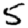
Digit: 5